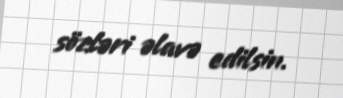
sözləri əlavə edilsin.